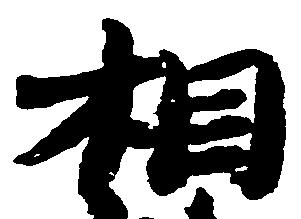
相